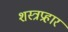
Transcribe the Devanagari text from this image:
शस्त्रप्रहार